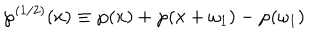
\wp ^ { ( 1 / 2 ) } ( x ) \equiv \wp ( x ) + \wp ( x + \omega _ { 1 } ) - \wp ( \omega _ { 1 } )